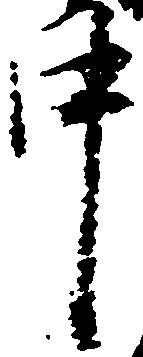
中